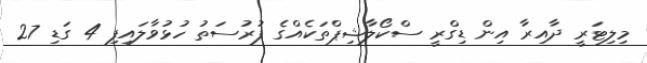
މިލިޓަރީ ދާއިރާ އިން ޑިގްރީ ސްކޯލާޝިޕްތަކެއްގެ ފުރުސަތު ހުޅުވާލައިފި 4 ގަޑި 27